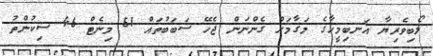
ލޯބިވެރިޔާ އަނބިމީހާގެ މަގާމަށް ގެންނަން ޖެހޭ ސަބަބުތައް 51 މިނެޓް 46 ސިކުންތު